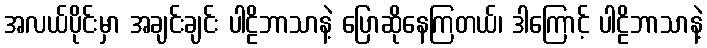
အလယ်ပိုင်းမှာ အချင်းချင်း ပါဠိဘာသာနဲ့ ပြောဆိုနေကြတယ်၊ ဒါကြောင့် ပါဠိဘာသာနဲ့